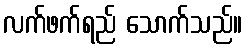
လက်ဖက်ရည် သောက်သည်။